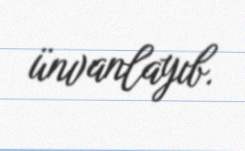
ünvanlayıb.